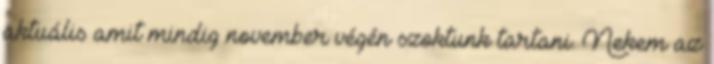
aktuális amit mindig november végén szoktunk tartani. Nekem az